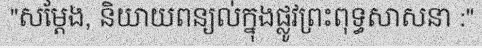
"សម្តែង, និយាយពន្យល់ក្នុងផ្លូវព្រះពុទ្ធសាសនា :"